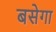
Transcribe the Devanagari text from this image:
बसेगा